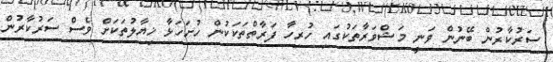
ސަރުކާރުން ބޭނުން ވަނީ މަޝްވަރާތަކުގައި ހުރިހާ ފަރާތްތަކަކުން ހުށަހަޅާ ޚިޔާލުތަކަށް ވެސް ސަރުކާރުން